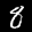
Label: 8